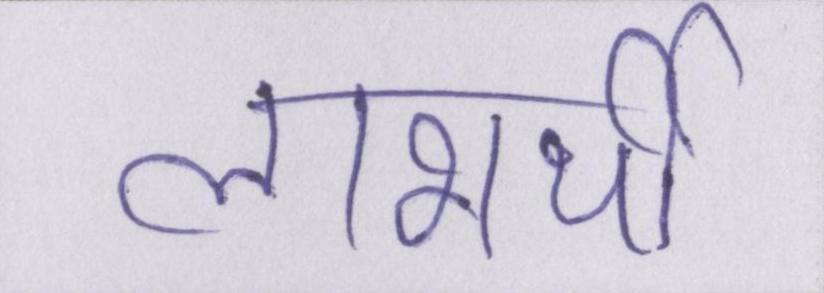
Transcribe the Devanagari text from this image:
लाभार्थी